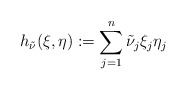
\begin{align*}h_{\tilde \nu}(\xi,\eta):=\sum_{j=1}^{n}\tilde \nu_j\xi_j\eta_j\end{align*}